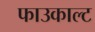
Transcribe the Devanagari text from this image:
फाउकाल्ट